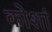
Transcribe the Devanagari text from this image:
कोशां